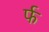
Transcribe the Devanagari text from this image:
र्फ